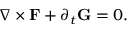
\boldsymbol { \nabla } \times \mathbf { F } + \partial _ { t } \mathbf { G } = 0 .